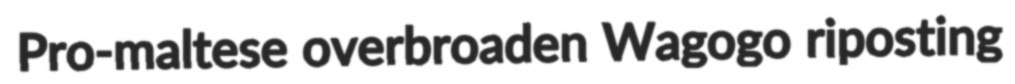
Pro-maltese overbroaden Wagogo riposting